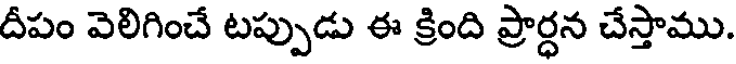
దీపం వెలిగించే టప్పుడు ఈ క్రింది ప్రార్ధన చేస్తాము.